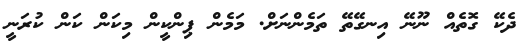
ދެކޭ ގޮތެއް ނޫނޭ އިނގޭތޭ ތަމެންނަށް. މަމެން ޕިންކީން މިކަން ކަން ކުރަނީ